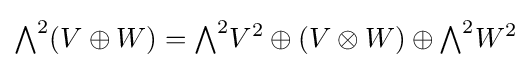
{\textstyle \bigwedge }^{2}(V\oplus W)={\textstyle \bigwedge }^{2}V^{2}\oplus (V\otimes W)\oplus {\textstyle \bigwedge }^{2}W^{2}